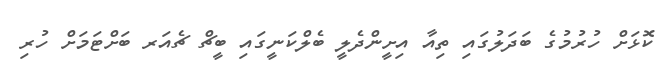
ކޮޅަށް ހުރުމުގެ ބަދަލުގައި ތިއާ އިށީންދެލީ ބެލްކަނީގައި ބީޗް ޗެއަރ ބަށްޓަމަށް ހުރި